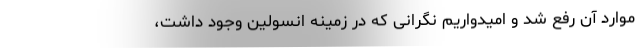
موارد آن رفع شد و امیدواریم نگرانی که در زمینه انسولین وجود داشت،